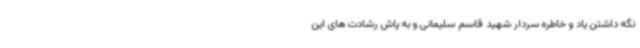
نگه داشتن یاد و خاطره سردار شهید قاسم سلیمانی و به پاش رشادت های این